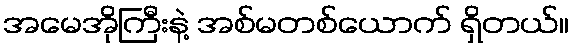
အမေအိုကြီးနဲ့ အစ်မတစ်ယောက် ရှိတယ်။